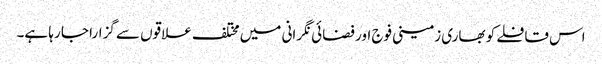
اس قافلے کو بھاری زمینی فوج اور فضائی نگرانی میں مختلف علاقوں سے گزارا جا رہا ہے۔